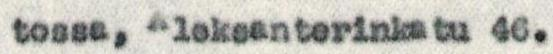
tossa, Aleksanterinkatu 46.